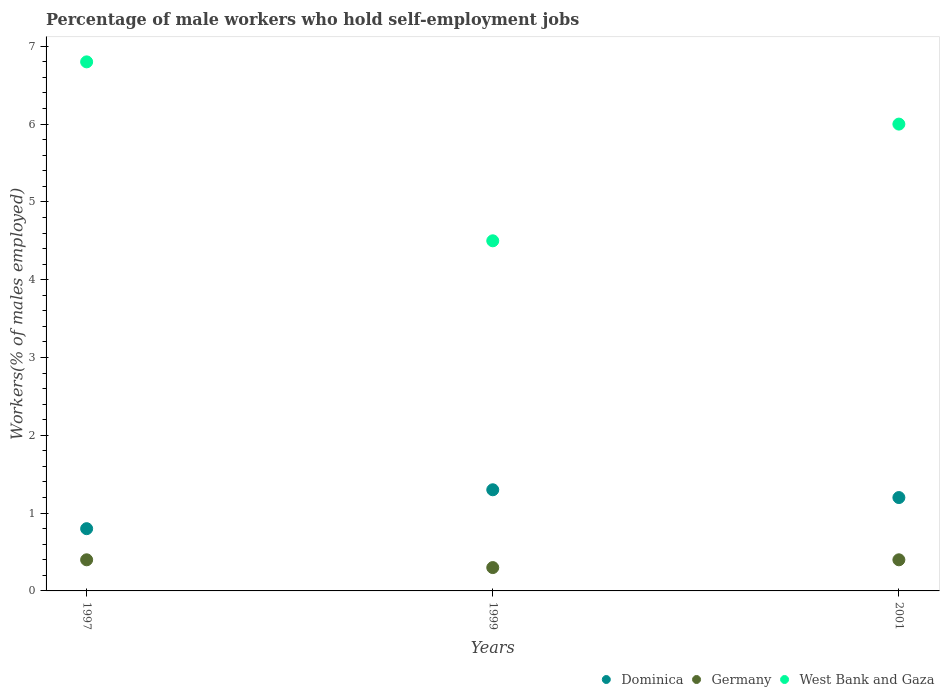
| Years | Dominica | Germany | West Bank and Gaza |
 | --- | --- | --- | --- |
 | 1997 | 0.8 | 0.4 | 6.8 |
 | 1999 | 1.3 | 0.3 | 4.5 |
 | 2001 | 1.2 | 0.4 | 6 |